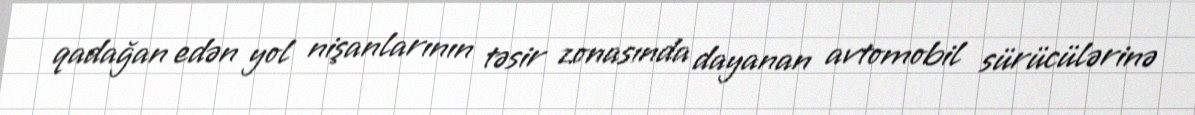
qadağan edən yol nişanlarının təsir zonasında dayanan avtomobil sürücülərinə